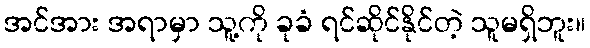
အင်အား အရာမှာ သူ့ကို ခုခံ ရင်ဆိုင်နိုင်တဲ့ သူမရှိဘူး။